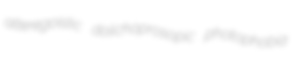
alteregoistic dolichoprosopic photophobia